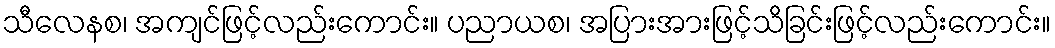
သီလေနစ၊ အကျင်ဖြင့်လည်းကောင်း။ ပညာယစ၊ အပြားအားဖြင့်သိခြင်းဖြင့်လည်းကောင်း။